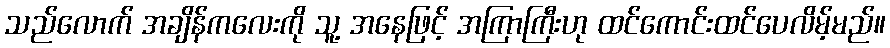
သည်လောက် အချိန်ကလေးကို သူ့ အနေဖြင့် အကြာကြီးဟု ထင်ကောင်းထင်ပေလိမ့်မည်။